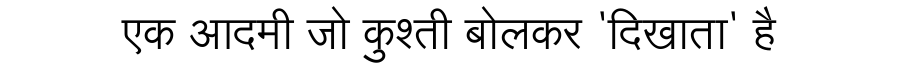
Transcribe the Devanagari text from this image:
एक आदमी जो कुश्ती बोलकर 'दिखाता' है